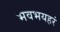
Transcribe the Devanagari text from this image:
भवभयहरं